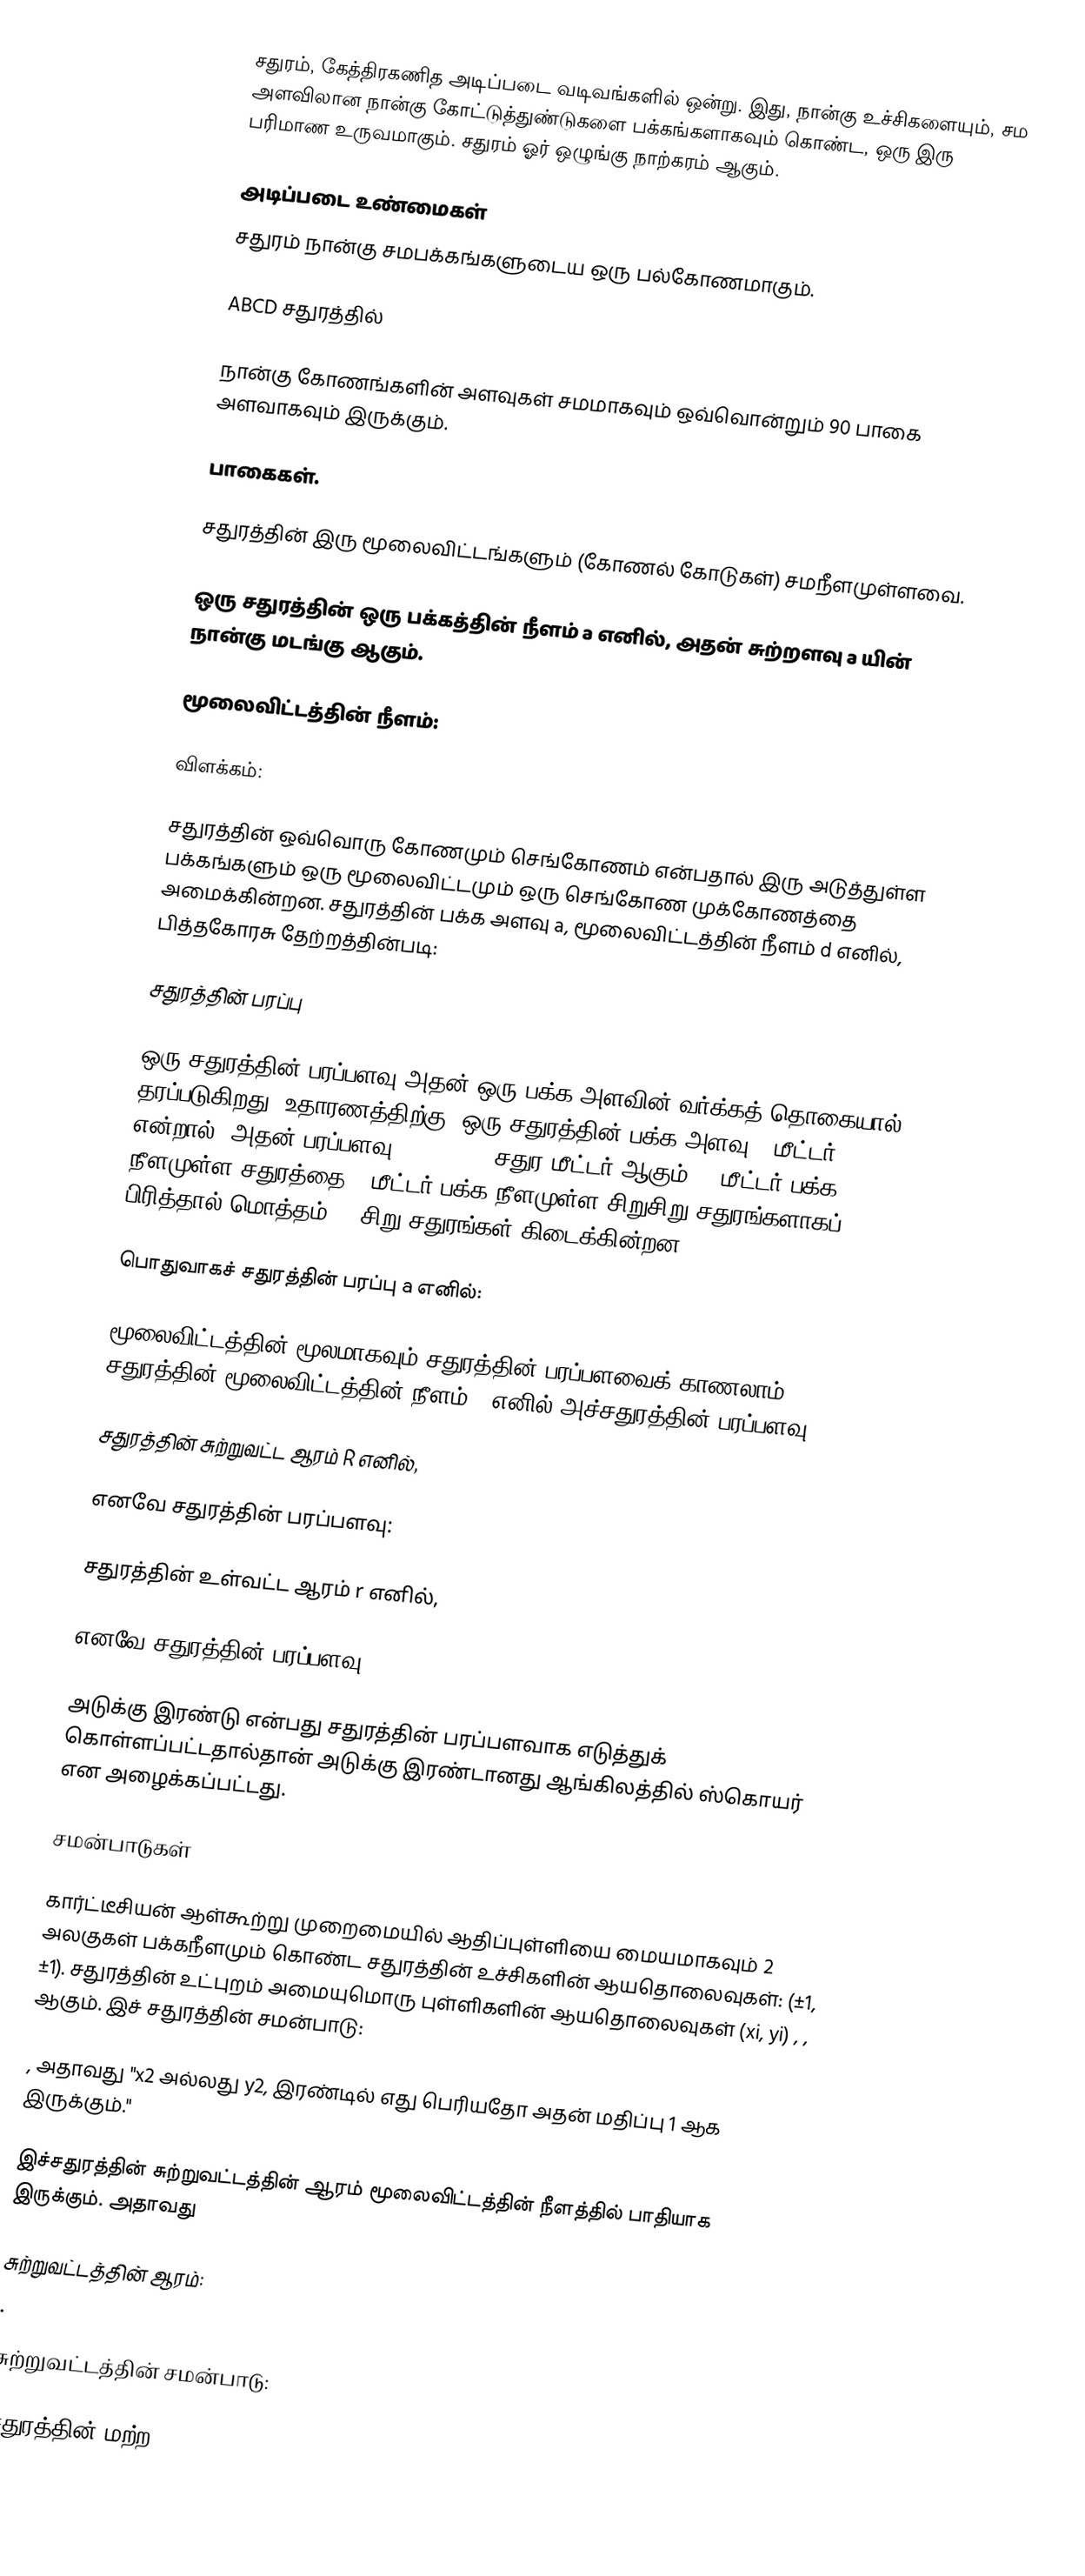
சதுரம், கேத்திரகணித அடிப்படை வடிவங்களில் ஒன்று. இது, நான்கு உச்சிகளையும், சம அளவிலான நான்கு கோட்டுத்துண்டுகளை பக்கங்களாகவும் கொண்ட, ஒரு இரு பரிமாண உருவமாகும். சதுரம் ஓர் ஒழுங்கு நாற்கரம் ஆகும்.

அடிப்படை உண்மைகள்
சதுரம் நான்கு சமபக்கங்களுடைய ஒரு பல்கோணமாகும்.

ABCD சதுரத்தில்

நான்கு கோணங்களின் அளவுகள் சமமாகவும் ஒவ்வொன்றும் 90 பாகை அளவாகவும் இருக்கும்.

 பாகைகள்.

சதுரத்தின் இரு மூலைவிட்டங்களும் (கோணல் கோடுகள்) சமநீளமுள்ளவை.

ஒரு சதுரத்தின் ஒரு பக்கத்தின் நீளம் a எனில், அதன் சுற்றளவு a யின் நான்கு மடங்கு ஆகும்.

மூலைவிட்டத்தின் நீளம்:

விளக்கம்:

சதுரத்தின் ஒவ்வொரு கோணமும் செங்கோணம் என்பதால் இரு அடுத்துள்ள பக்கங்களும் ஒரு மூலைவிட்டமும் ஒரு செங்கோண முக்கோணத்தை அமைக்கின்றன. சதுரத்தின் பக்க அளவு a, மூலைவிட்டத்தின் நீளம் d எனில், பித்தகோரசு தேற்றத்தின்படி:

சதுரத்தின் பரப்பு

ஒரு சதுரத்தின் பரப்பளவு அதன் ஒரு பக்க அளவின் வர்க்கத் தொகையால் தரப்படுகிறது. உதாரணத்திற்கு, ஒரு சதுரத்தின் பக்க அளவு 5 மீட்டர் என்றால், அதன் பரப்பளவு 5 x 5 = 25 சதுர மீட்டர் ஆகும். 5 மீட்டர் பக்க நீளமுள்ள சதுரத்தை 1 மீட்டர் பக்க நீளமுள்ள சிறுசிறு சதுரங்களாகப் பிரித்தால் மொத்தம் 25 சிறு சதுரங்கள் கிடைக்கின்றன.

பொதுவாகச் சதுரத்தின் பரப்பு a எனில்:

மூலைவிட்டத்தின் மூலமாகவும் சதுரத்தின் பரப்பளவைக் காணலாம். சதுரத்தின் மூலைவிட்டத்தின் நீளம் d எனில் அச்சதுரத்தின் பரப்பளவு:

சதுரத்தின் சுற்றுவட்ட ஆரம் R எனில்,

எனவே சதுரத்தின் பரப்பளவு:

சதுரத்தின் உள்வட்ட ஆரம் r எனில்,

எனவே சதுரத்தின் பரப்பளவு:

அடுக்கு இரண்டு என்பது சதுரத்தின் பரப்பளவாக எடுத்துக் கொள்ளப்பட்டதால்தான் அடுக்கு இரண்டானது ஆங்கிலத்தில் ஸ்கொயர் என அழைக்கப்பட்டது.

சமன்பாடுகள்

கார்ட்டீசியன் ஆள்கூற்று முறைமையில் ஆதிப்புள்ளியை மையமாகவும் 2 அலகுகள் பக்கநீளமும் கொண்ட சதுரத்தின் உச்சிகளின் ஆயதொலைவுகள்: (±1, ±1). சதுரத்தின் உட்புறம் அமையுமொரு புள்ளிகளின் ஆயதொலைவுகள் (xi, yi) , ,  ஆகும். இச் சதுரத்தின் சமன்பாடு:

, அதாவது  "x2 அல்லது y2, இரண்டில் எது பெரியதோ அதன் மதிப்பு 1 ஆக இருக்கும்."

இச்சதுரத்தின் சுற்றுவட்டத்தின் ஆரம் மூலைவிட்டத்தின் நீளத்தில் பாதியாக இருக்கும். அதாவது

சுற்றுவட்டத்தின் ஆரம்:
.

சுற்றுவட்டத்தின் சமன்பாடு:

சதுரத்தின் மற்ற